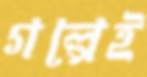
গল্পেই